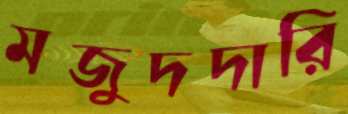
মজুদদারি